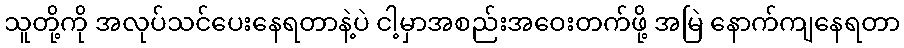
သူတို့ကို အလုပ်သင်ပေးနေရတာနဲ့ပဲ ငါ့မှာအစည်းအဝေးတက်ဖို့ အမြဲ နောက်ကျနေရတာ